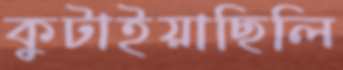
কুটাইয়াছিলি